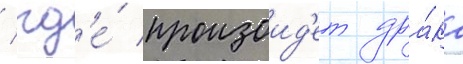
/ гд'е́ произоид'ет дра́ка